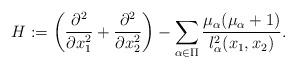
LaTeX: \begin{align*}H :=\left(\frac{\partial^2}{\partial x_1^2} + \frac{\partial^2}{\partial x_2^2}\right)- \sum\limits_{\alpha \in \Pi} \dfrac{\mu_\alpha(\mu_\alpha+1)}{l_\alpha^2(x_1, x_2)}.\end{align*}